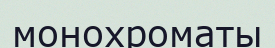
монохроматы